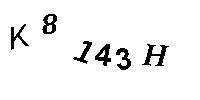
K8142H